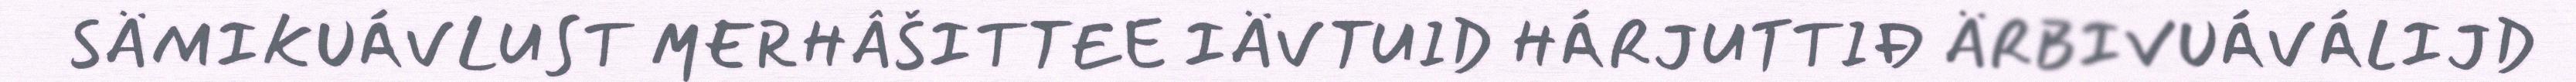
SÄMIKUÁVLUST MERHÂŠITTEE IÄVTUID HÁRJUTTIĐ ÄRBIVUÁVÁLIJD